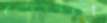
হেইল